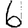
Digit: 6